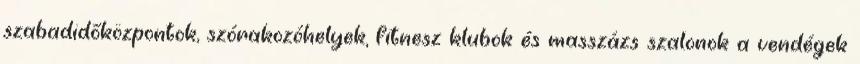
szabadidőközpontok, szórakozóhelyek, fitnesz klubok és masszázs szalonok a vendégek